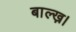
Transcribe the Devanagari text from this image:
बाल्ख़।